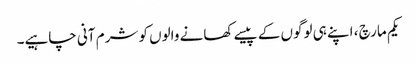
یکم مارچ ، اپنے ہی لوگوں کے پیسے کھانے والوں کو شرم آنی چاہیے۔